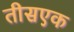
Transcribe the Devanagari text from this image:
तीसएक